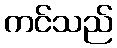
ကင်သည်